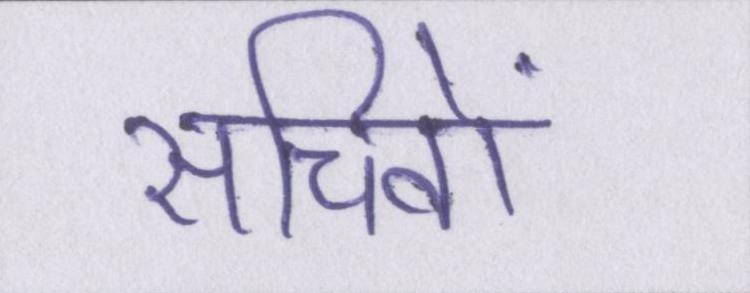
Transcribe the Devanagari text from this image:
सचिवों